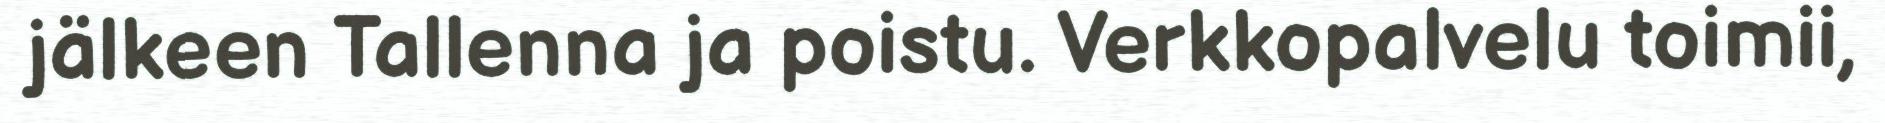
jälkeen Tallenna ja poistu. Verkkopalvelu toimii,